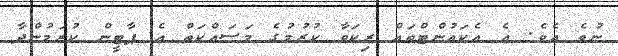
ނުވެ އެވެ. އެ އެކައުންޓްތައް ރިކަވާ ކުރުމުގެ މަސައްކަތް އެ ޕާޓީން ކުރަމުންދާ